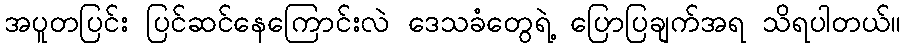
အပူတပြင်း ပြင်ဆင်နေကြောင်းလဲ ဒေသခံတွေရဲ့ ပြောပြချက်အရ သိရပါတယ်။